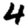
Digit: 4